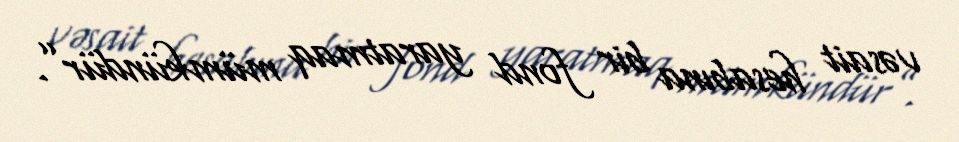
vəsait hesabına bir fond yaratmaq mümkündür”.